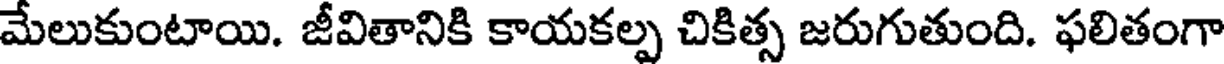
మేలుకుంటాయి. జీవితానికి కాయకల్ప చికిత్స జరుగుతుంది. ఫలితంగా